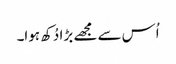
اُس سے مجھے بڑا دُکھ ہوا۔